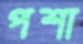
পশা